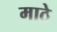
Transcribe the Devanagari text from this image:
माठे